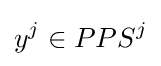
y^{j}\in PPS^{j}